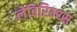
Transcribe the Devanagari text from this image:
लेबिरिन्थ्स